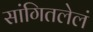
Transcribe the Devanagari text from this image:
सांगितलेलं